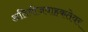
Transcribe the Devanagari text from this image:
अतिवीजवाहकतेवर